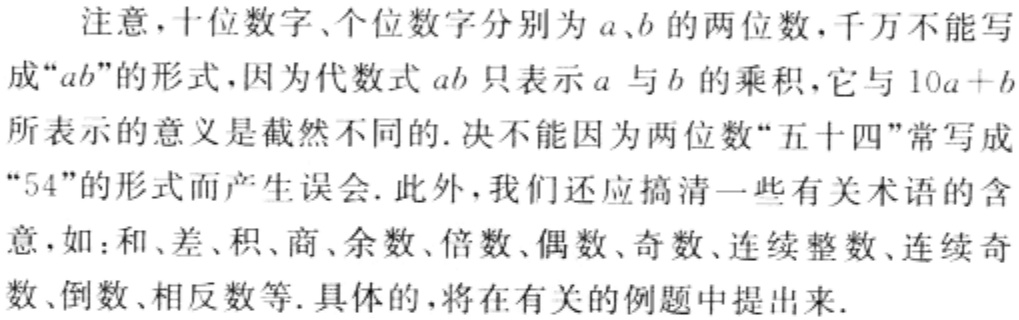
注意，十位数字、个位数字分别为\(a\)、\(b\)的两位数，千万不能写成“\(ab\)”的形式，因为代数式\(ab\)只表示\(a\)与\(b\)的乘积，它与\(10a + b\)所表示的意义是截然不同的. 决不能因为两位数“五十四”常写成“\(54\)”的形式而产生误会. 此外，我们还应搞清一些有关术语的含意，如：和、差、积、商、余数、倍数、偶数、奇数、连续整数、连续奇数、倒数、相反数等. 具体的，将在有关的例题中提出来.